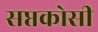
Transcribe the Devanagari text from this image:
सप्तकोसी